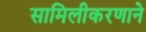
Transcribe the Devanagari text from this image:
सामिलीकरणाने